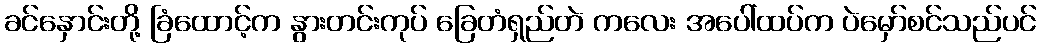
ခင်နှောင်းတို့ ခြံထောင့်က နွားတင်းကုပ် ခြေတံရှည်တဲ ကလေး အပေါ်ထပ်က ပဲမှော်စင်သည်ပင်